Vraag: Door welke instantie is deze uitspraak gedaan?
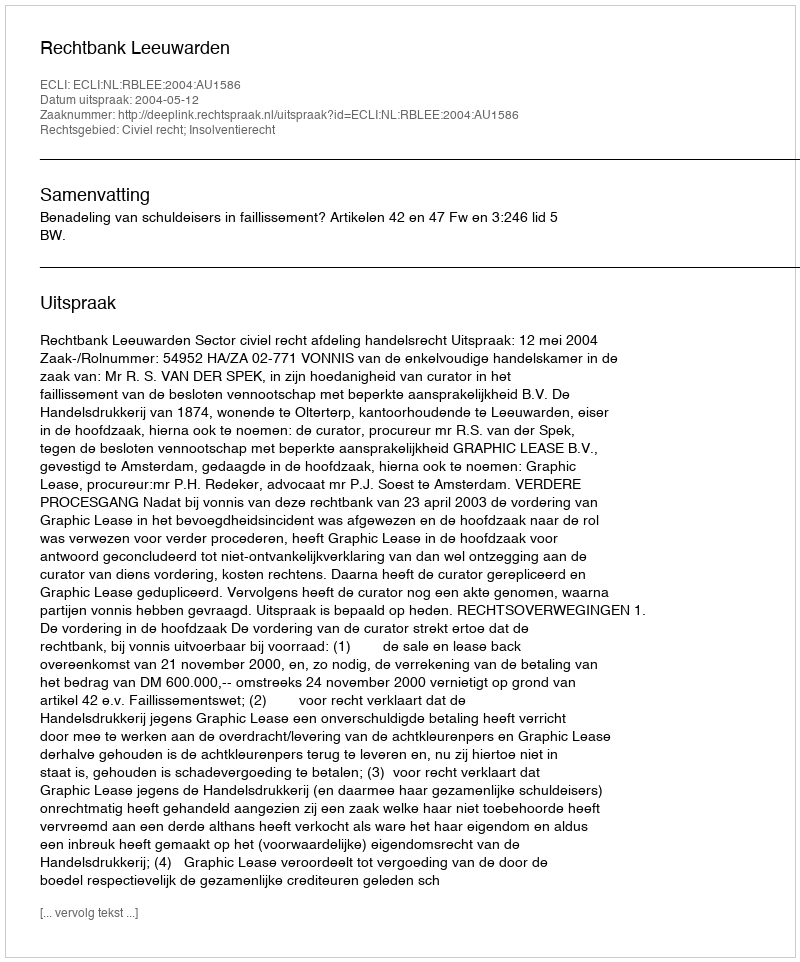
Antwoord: Rechtbank Leeuwarden